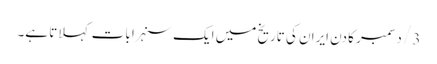
3/ دسمبر کا دن ایران کی تاریخ میں ایک سنہرا بات کہلاتا ہے۔